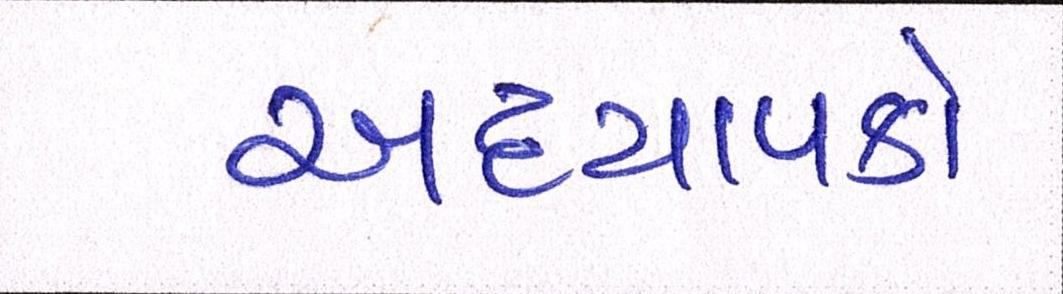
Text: અધ્યાપકો